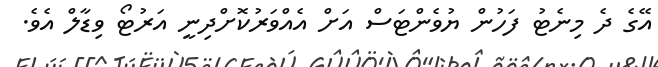
އޭގެ ދެ މިނެޓު ފަހުން ޔުވެންޓަސް އަށް އެއްވަރުކޮށްދިނީ އަރުޓޯ ވިޑާލް އެވެ.